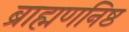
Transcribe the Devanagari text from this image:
ब्राह्मणनिष्ठ